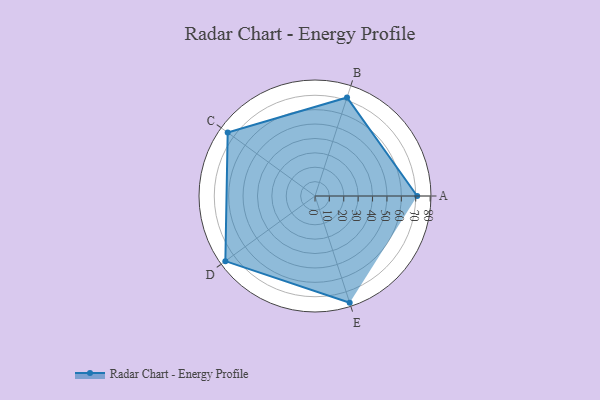
{"axis": {"x": "Skill", "y": "Score"}, "legend": ["Profile"], "data": [{"x": "A", "y": 71.0, "type": "Profile"}, {"x": "B", "y": 72.0, "type": "Profile"}, {"x": "C", "y": 75.0, "type": "Profile"}, {"x": "D", "y": 77.0, "type": "Profile"}, {"x": "E", "y": 78.0, "type": "Profile"}]}